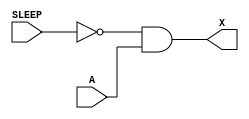
module sky130_fd_sc_hdll__isobufsrc_1 (
    X    ,
    SLEEP,
    A
);
    output X    ;
    input  SLEEP;
    input  A    ;
    wire not0_out  ;
    wire and0_out_X;
    not not0 (not0_out  , SLEEP          );
    and and0 (and0_out_X, not0_out, A    );
    buf buf0 (X         , and0_out_X     );
endmodule